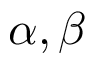
\alpha , \beta